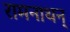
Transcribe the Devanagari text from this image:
रामनाथन्